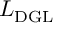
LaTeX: { \cal L } _ { \mathrm { D G L } }